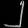
Digit: ၂